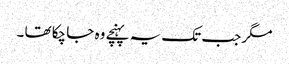
مگر جب تک یہ پہنچے وہ جا چکا تھا ۔